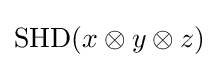
\operatorname {SHD} (x\otimes y\otimes z)